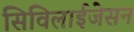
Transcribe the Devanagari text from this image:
सिविलाईजेसन